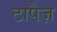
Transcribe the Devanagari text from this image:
टापैज़